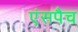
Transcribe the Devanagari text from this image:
एंसपैच